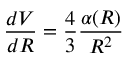
{ \frac { d V } { d R } } = { \frac { 4 } { 3 } } { \frac { \alpha ( R ) } { R ^ { 2 } } }